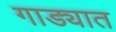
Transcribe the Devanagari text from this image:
गाड्यात